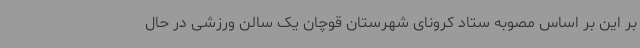
بر این بر اساس مصوبه ستاد کرونای شهرستان قوچان یک سالن ورزشی در حال